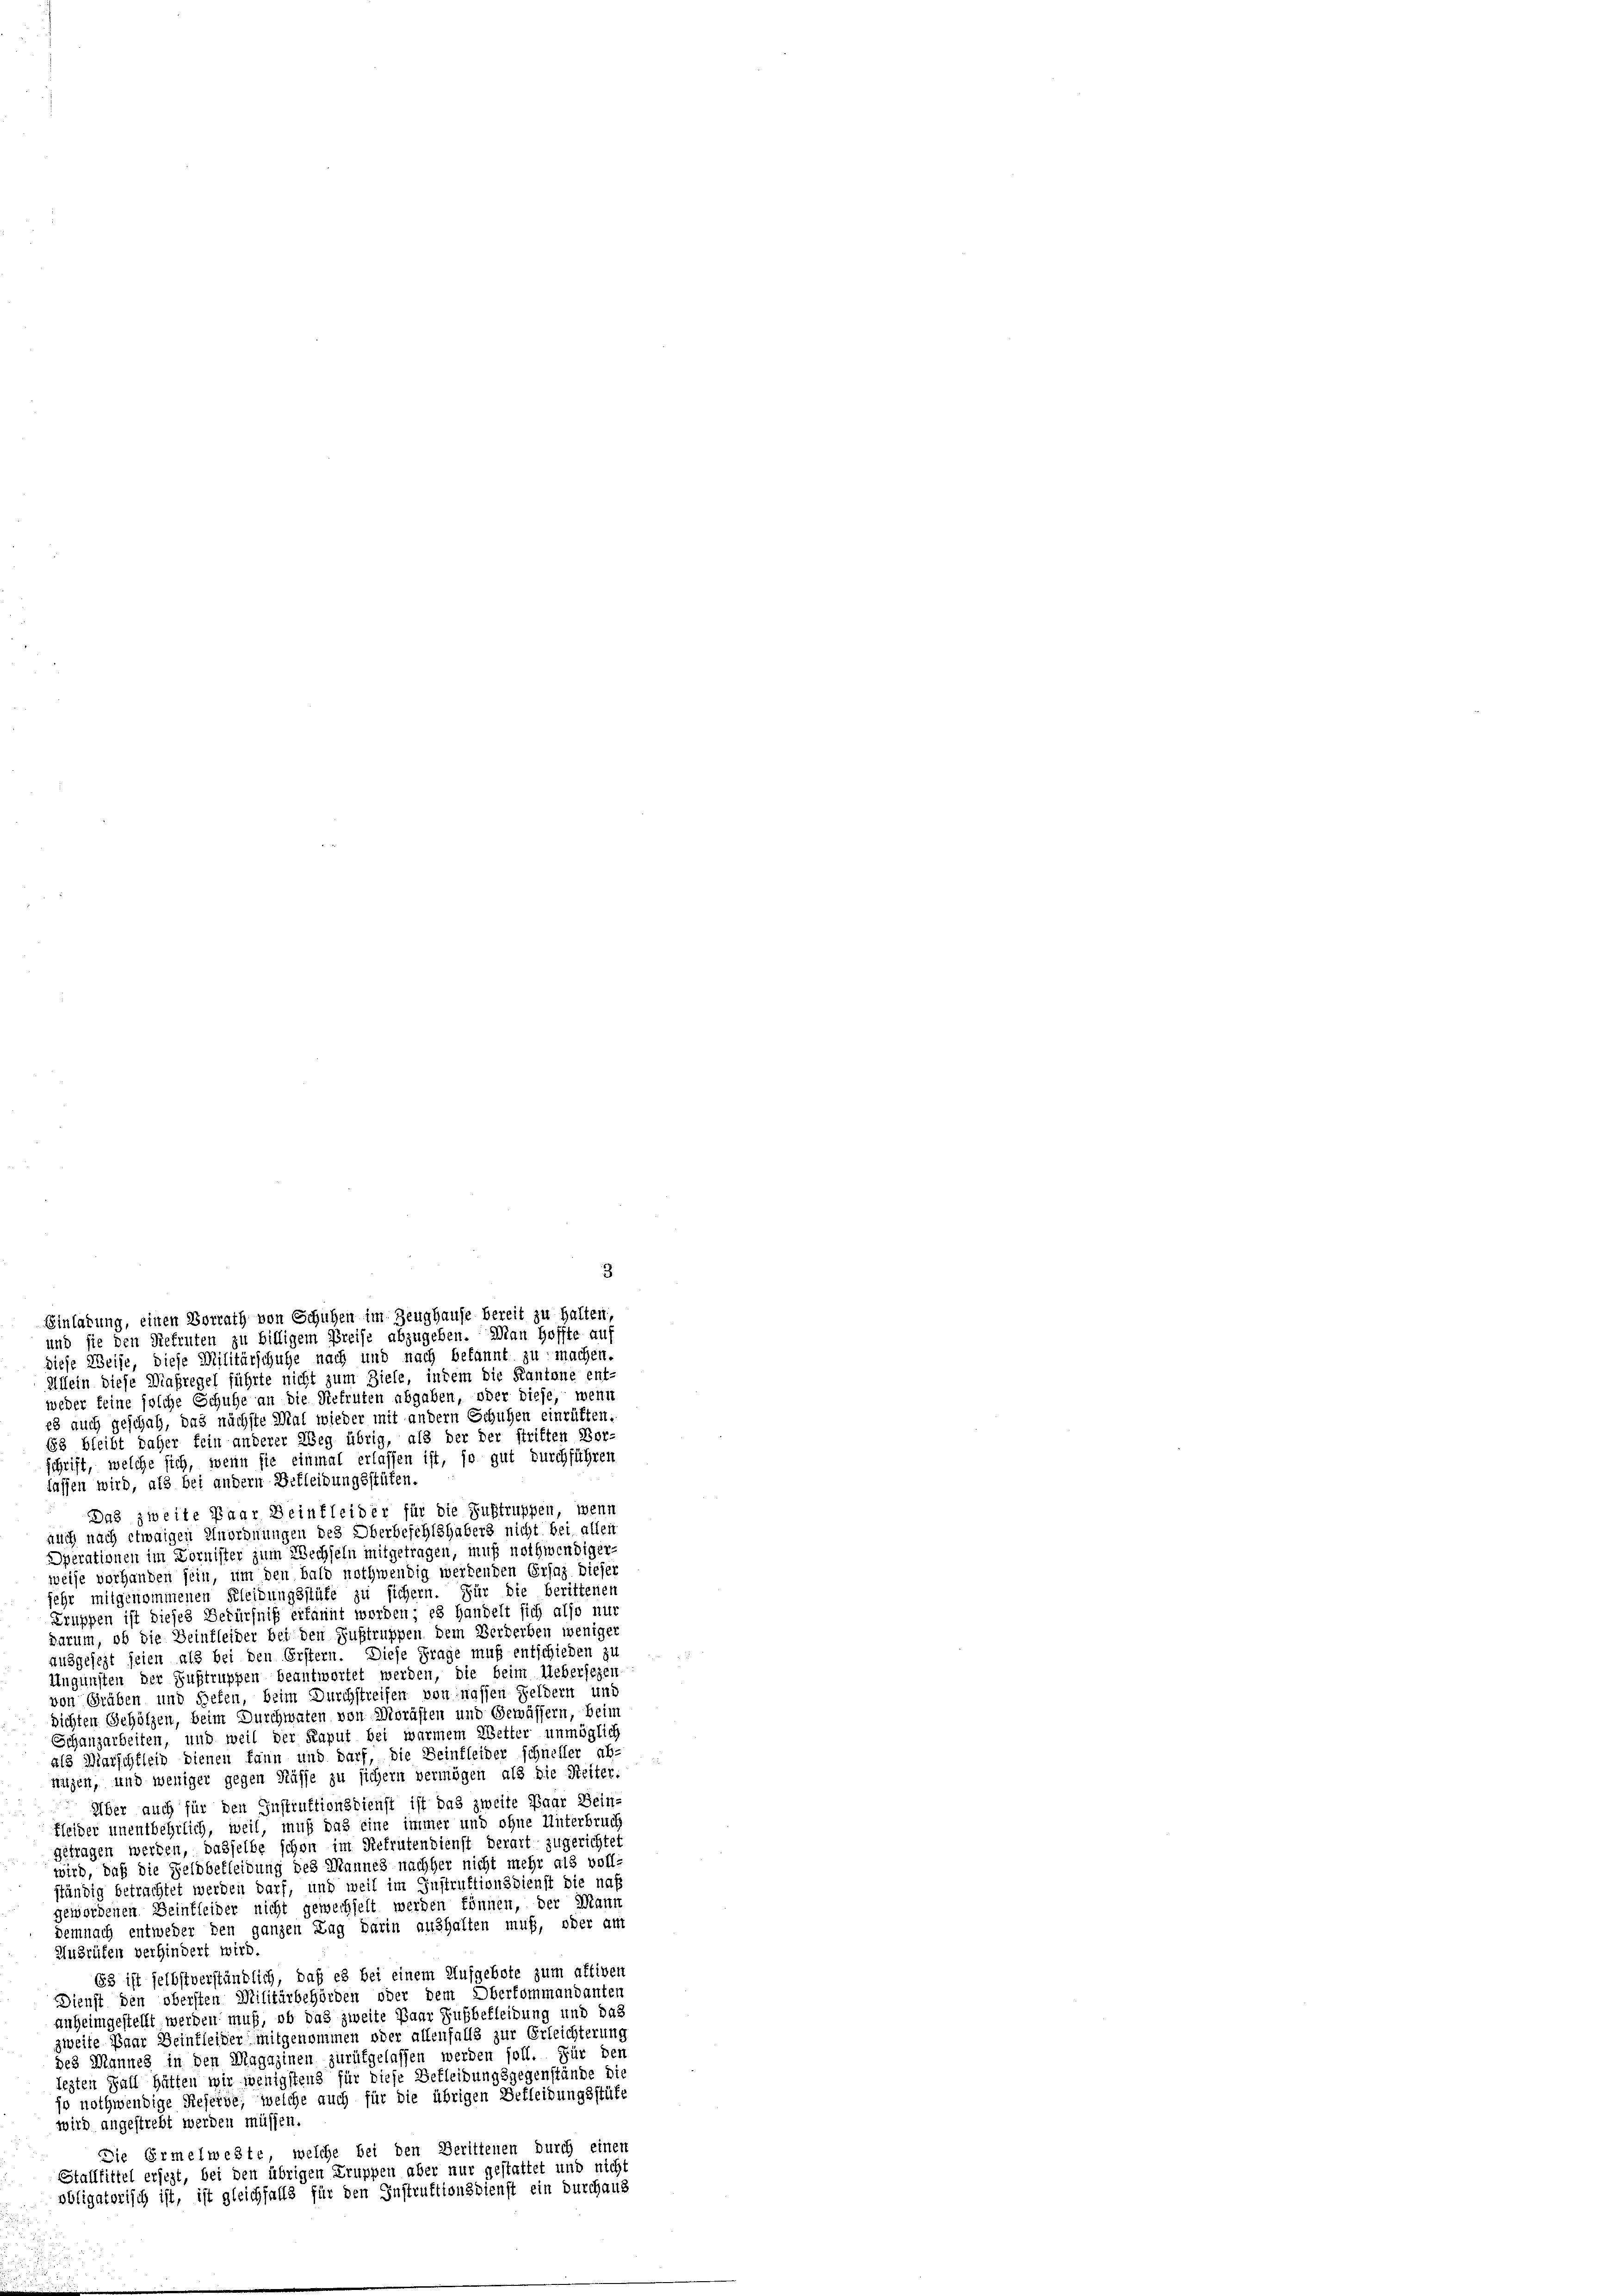
Einladung, einen Vorrath von Schuhen im Zeughause bereit zu halten,
und sie den Refruten zu billigem Preise abzugeben. Man Hoffte auf
diese Weise, diese Militärschule nach und nach bekannt zu machen.
Allein diese Maßregel führte nicht zum Ziele, indem die Kantone ent-
weder keine solche Schuhe an die Refruten abgaben, oder diese, wenn
es auch geschah, das nächste Mal wieder mit andern Schuhen einrüften

3

68 bleibt daher fein anderer Weg übrig, als der der striften Vor-
schrift, welche sich, wenn sie einmal erlassen ist, so gut durchführen
lassen wird, als bei andern Bekleidungsstüfen.
Das zweite Paar Beinkleider für die Sustruppen, wenn
auch nach etwaigen Unordnungen des Oberbefehlshabers nicht bei allen
Operationen im Kornister zum Wechseln mitgetragen, muß nothwendiger-
weise vorhanden sein, um den bald nothwendig werdenden Ersaz dieser
sehr mitgenommenen Kleidungsstüke zu sichern. Für die berittenen
Truppen ist dieses Bedürfniß erkannt worden; es handelt sich also nur
darum, ob die Beinfleider bei den Fußtruppen dem Verderben weniger
ausgesezt seien als bei den Erstern. Diese Frage muß entschieden zu
Angünsten der Zustruppen beantwortet werden, die beim Uebersezen
von Gräben und Sehen, beim Durchstreifen von nassen Feldern und
sichten Gehölzen, beim Durchwaten von Morasten und Gewässern, beim
Schanzarbeiten, und weil der Kaput bei warmem Wetter unmöglich
als Marschtleid dienen kann und darf, die Seinfleider schneller ab-
nügen, und weniger gegen Küsse zu sichern vermögen als die Reiter:
Über auch für den Instruktionsdienst ist das zweite Paar Bein-
Kleider unentbehrlich, weil, muß das eine immer und ohne Unterbruch
getragen werden, dasselbe schon im Refrutendienst derart zugerichtet
wird, daß die Feldbekleidung des Mannes nachher nicht mehr als voll-
ständig betrachtet werden darf, und weil im Instruktionsdienst die na
gewordenen Seinkleider nicht gewechselt werden können, der Mann
Demnach entweder den ganzen Lag darin aushalten muß, oder am
Ausrüfen verhindert wird.
63 ist selbstverständlich, daß es bei einem Aufgebote zum aktiven
Dienst den obersten Militärbehörden oder dem Oberkommandanten
anheimgestellt werden muß, ob das zweite Paar Fußbefleidung und das
zweite Paar Beinkleider mitgenommen oder allenfalls zur Erleichterung
des Mannes in den Magazinen zurükgelassen werden soll. Für den
lezten Fall hätten wir wenigstens für diese Bekleidungsgegenstände die
jo nothwendige Reserde, welche auch für die übrigen Bekleidungsstüfe
wird angestrebt werden müssen.
Die Ermelweste, welche bei den Berittenen durch einen
Stallbittel ersezt, bei den übrigen Truppen aber nur gestattet und nicht
obligatorisch ist, ist gleichfalls für den Instruktionsdienst ein durchaus